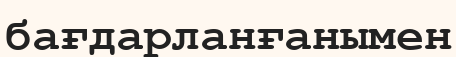
бағдарланғанымен